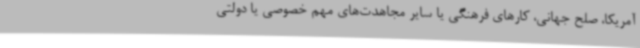
آمریکا، صلح جهانی، کارهای فرهنگی یا سایر مجاهدت‌های مهم خصوصی یا دولتی